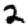
Digit: 2